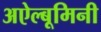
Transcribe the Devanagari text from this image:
अऐल्बूमिनी